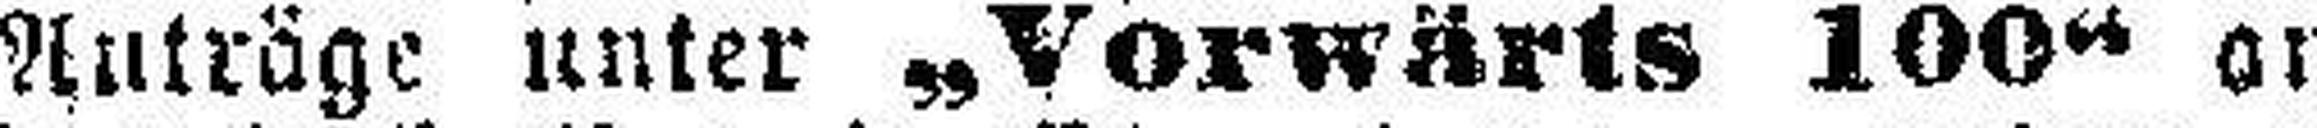
Anträge unter „Vorwärts 100“ an